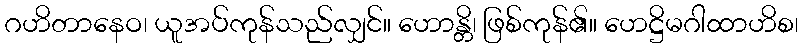
ဂဟိတာနေဝ၊ ယူအပ်ကုန်သည်လျှင်။ ဟောန္တိ၊ ဖြစ်ကုန်၏။ ဟေဋ္ဌိမဂါထာဟိစ၊